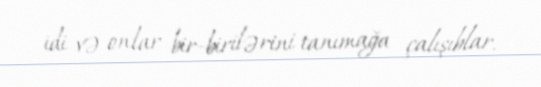
idi və onlar bir-birilərini tanımağa çalışıblar.